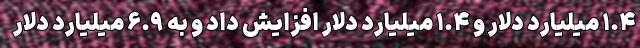
۱.۴ میلیارد دلار و ۱.۴ میلیارد دلار افزایش داد و به ۶.۹ میلیارد دلار